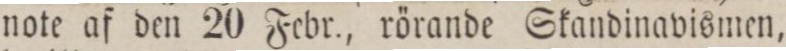
note af den 20 Febr., rörande Skandinavismen,